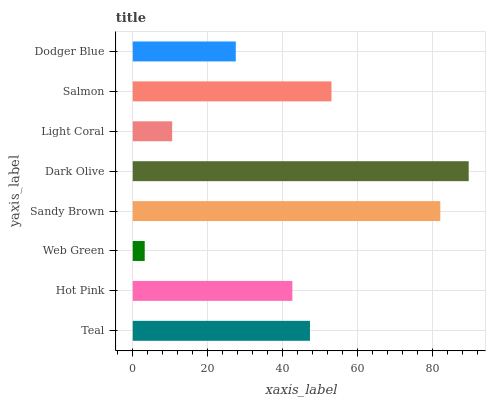
| yaxis_label | bars |
 | --- | --- |
 | Teal | 47.3 |
 | Hot Pink | 42.6 |
 | Web Green | 3.19 |
 | Sandy Brown | 82 |
 | Dark Olive | 89.6 |
 | Light Coral | 10.5 |
 | Salmon | 53 |
 | Dodger Blue | 27.5 |